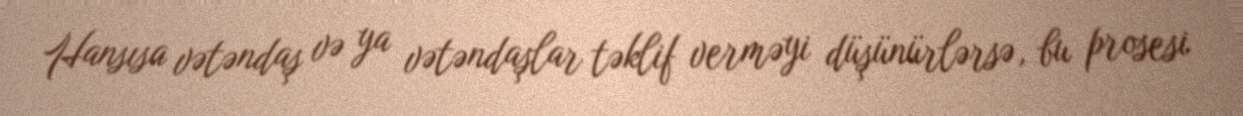
Hansısa vətəndaş və ya vətəndaşlar təklif verməyi düşünürlərsə, bu prosesi